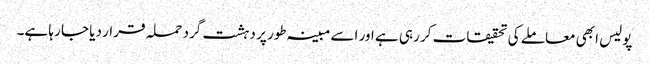
پولیس ابھی معاملے کی تحقیقات کر رہی ہے اور اسے مبینہ طور پر دہشت گرد حملہ قرار دیا جا رہا ہے۔